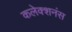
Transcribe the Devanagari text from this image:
कलेक्शनंस